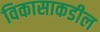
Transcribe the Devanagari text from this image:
विकासाकडील